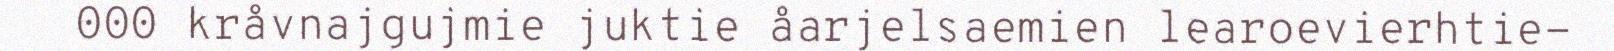
000 kråvnajgujmie juktie åarjelsaemien learoevierhtie-